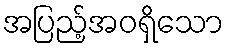
အပြည့်အဝရှိသော